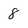
Character: 8